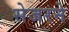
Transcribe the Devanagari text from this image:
सेजरने